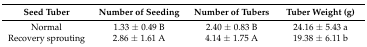
<table><thead><tr><td><b>Seed Tuber</b></td><td><b>Number of Seeding</b></td><td><b>Number of Tubers</b></td><td><b>Tuber Weight (g)</b></td></tr></thead><tbody><tr><td>Normal</td><td>1.33 ± 0.49 B</td><td>2.40 ± 0.83 B</td><td>24.16 ± 5.43 a</td></tr><tr><td>Recovery sprouting </td><td>2.86 ± 1.61 A</td><td>4.14 ± 1.75 A</td><td>19.38 ± 6.11 b</td></tr></tbody></table>